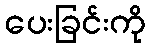
ပေးခြင်းကို